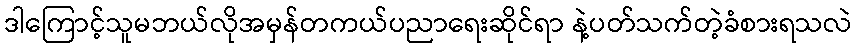
ဒါကြောင့်သူမဘယ်လိုအမှန်တကယ်ပညာရေးဆိုင်ရာ နဲ့ပတ်သက်တဲ့ခံစားရသလဲ